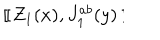
~ [ \kern - 0 . 4 5 e m \llap ~ [ ~ Z _ { 1 } ( x ) , J _ { 1 } ^ { a b } ( y ) ~ ] \kern - 0 . 4 5 e m \llap ~